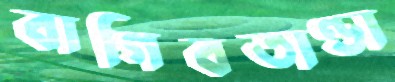
বাগিবতাণ্ডা